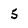
Character: 5